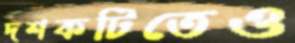
দশকটিতেও